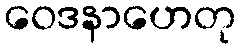
ဝေဒနာဟေတု